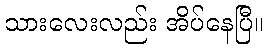
သားလေးလည်း အိပ်နေပြီ။